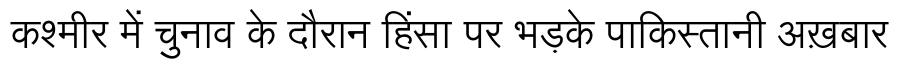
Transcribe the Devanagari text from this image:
कश्मीर में चुनाव के दौरान हिंसा पर भड़के पाकिस्तानी अख़बार